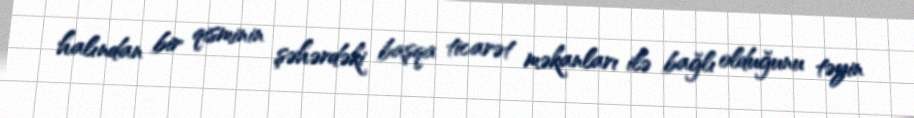
halından bir qisminin şəhərdəki başqa ticarət məkanları ilə bağlı olduğunu təyin